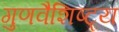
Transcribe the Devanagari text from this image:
गुणवैशिष्ट्य